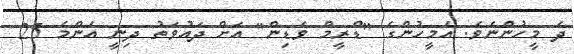
ދެ މީހުންނެވެ. އެމީހުންގެ "ޑްރީމް ވެޑިން" އަށް ދައުވަތު ދިނީ އެންމެ 25